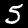
Digit: 5